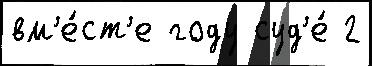
вм'е́ст'е году суд'е́ 2